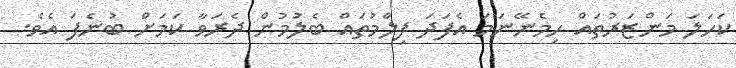
ކަހަލަ މަންޒަރުތައް ހިމެނޭނަމަ އެފަދަ ފިލްމުތައް ބެލުމުން ދެރަވާ ކަމަށް ބުނެފަ އެވެ.